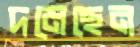
দমেছেন